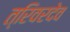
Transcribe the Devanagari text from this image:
त्रिवरदेव